Lunatic asylums Punjab 1881-1894 - 1881-1894
Year: 1881
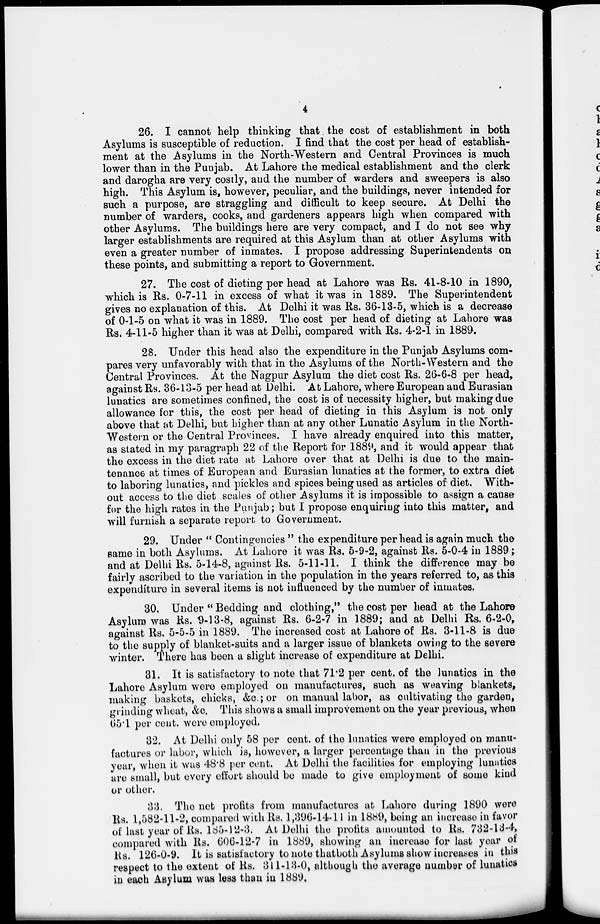
4
26. I cannot help thinking that the cost of establishment in both
Asylums is susceptible of reduction. I find that the cost per head of establish-
ment at the Asylums in the North-Western and Central Provinces is much
lower than in the Punjab. At Lahore the medical establishment and the clerk
and darogha are very costly, and the number of warders and sweepers is also
high. This Asylum is, however, peculiar, and the buildings, never intended for
such a purpose, are straggling and difficult to keep secure. At Delhi the
number of warders, cooks, and gardeners appears high when compared with
other Asylums. The buildings here are very compact, and I do not see why
larger establishments are required at this Asylum than at other Asylums with
even a greater number of inmates. I propose addressing Superintendents on
these points, and submitting a report to Government.
27. The cost of dieting per head at Lahore was Rs. 41-8-10 in 1890,
which is Rs. 0-7-11 in excess of what it was in 1889. The Superintendent
gives no explanation of this. At Delhi it was Rs. 36-13-5, which is a decrease
of 0-1-5 on what it was in 1889. The cost per head of dieting at Lahore was
Rs. 4-11-5 higher than it was at Delhi, compared with Rs. 4-2-1 in 1889.
28. Under this head also the expenditure in the Punjab Asylums com-
pares very unfavorably with that in the Asylums of the North-Western and the
Central Provinces. At the Nagpur Asylum the diet cost Rs. 26-6-8 per head,
against Rs. 36-13-5 per head at Delhi. At Lahore, where European and Eurasian
lunatics are sometimes confined, the cost is of necessity higher, but making due
allowance for this, the cost per head of dieting in this Asylum is not only
above that at Delhi, but higher than at any other Lunatic Asylum in the North-
Western or the Central Provinces. I have already enquired into this matter,
as stated in my paragraph 22 of the Report for 1889, and it would appear that
the excess in the diet rate at Lahore over that at Delhi is due to the main-
tenance at times of European and Eurasian lunatics at the former, to extra diet
to laboring lunatics, and pickles and spices being used as articles of diet. With-
out access to the diet scales of other Asylums it is impossible to assign a cause
for the high rates in the Punjab; but I propose enquiring into this matter, and
will furnish a separate report to Government.
29. Under " Contingencies " the expenditure per head is again much the
same in both Asylums. At Lahore it was Rs. 5-9-2, against Rs. 5-0-4 in 1889;
and at Delhi Rs. 5-14-8, against Rs. 5-11-11. I think the difference may be
fairly ascribed to the variation in the population in the years referred to, as this
expenditure in several items is not influenced by the number of inmates.
30. Under " Bedding and clothing," the cost per head at the Lahore
Asylum was Rs. 9-13-8, against Rs. 6-2-7 in 1889; and at Delhi Rs. 6-2-0,
against Rs. 5-5-5 in 1889. The increased cost at Lahore of Rs. 3-11-8 is due
to the supply of blanket-suits and a larger issue of blankets owing to the severe
winter. There has been a slight increase of expenditure at Delhi.
31. It is satisfactory to note that 71.2 per cent. of the lunatics in the
Lahore Asylum were employed on manufactures, such as weaving blankets,
making baskets, chicks, &c.;or on manual labor, as cultivating the garden,
grinding wheat, &c. This shows a small improvement on the year previous, when
65.1 per cent. were employed.
32. At Delhi only 58 per cent. of the lunatics were employed on manu-
factures or labor, which is, however, a larger percentage than in the previous
year, when it was 48.8 per cent. At Delhi the facilities for employing lunatics
are small, but every effort should be made to give employment of some kind
or other.
33. The net profits from manufactures at Lahore during 1890 were
Rs. 1,582-11-2, compared with Rs. 1,396-14-11 in 1889, being an increase in favor
of last year of Rs. 185-12-3. At Delhi the profits amounted to Rs. 732-13-4,
compared with Rs. 606-12-7 in 1889, showing an increase for last year of
Rs. 126-0-9. It is satisfactory to note thatboth Asylums show increases in this
respect to the extent of Rs. 311-13-0, although the average number of lunatics
in each Asylum was less than in 1889.